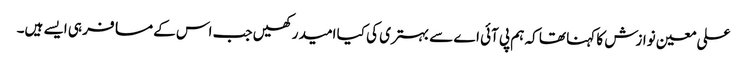
علی معین نوازش کا کہنا تھا کہ ہم پی آئی اے سے بہتری کی کیا امید رکھیں جب اس کے مسافر ہی ایسے ہیں۔